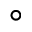
\circ